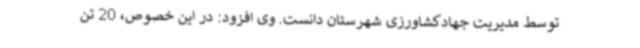
توسط مدیریت جهادکشاورزی شهرستان دانست. وی افزود: در این خصوص، 20 تن